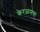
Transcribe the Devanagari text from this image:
केरळमचा